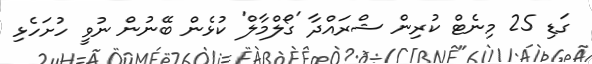
ގަޑި 25 މިނެޓް ކުރިން ޝްރައްދާ 'ގޯލްމާލް' ކުޅެން ބޭނުން ނުވީ ހުށަހެޅި